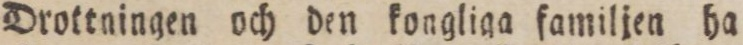
Drottningen och den kongliga familjen ha